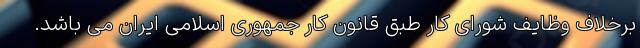
برخلاف وظایف شورای کار طبق قانون کار جمهوری اسلامی ایران می ‌باشد.